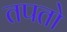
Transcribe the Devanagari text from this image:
तपतो